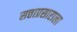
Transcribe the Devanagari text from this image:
सत्ताप्रसाराला